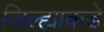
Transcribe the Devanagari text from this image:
जिल्ह्याकडे